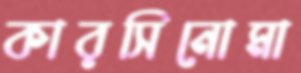
কারসিনোমা